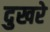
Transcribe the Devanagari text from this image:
दुखरे